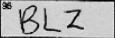
Transcription: BLZ